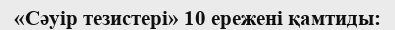
«Сәуір тезистері» 10 ережені қамтиды: